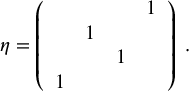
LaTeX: \eta = \left( \begin{array} { l l l l } { { } } & { { } } & { { } } & { { 1 } } \\ { { } } & { { 1 } } & { { } } & { { } } \\ { { } } & { { } } & { { 1 } } & { { } } \\ { { 1 } } & { { } } & { { } } & { { } } \end{array} \right) \; .